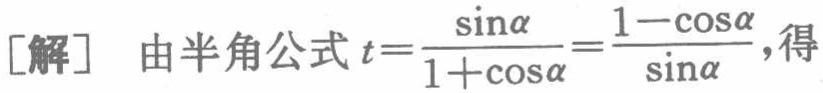
[解] 由半角公式 \(t = \frac{\sin\alpha}{1 + \cos\alpha}=\frac{1 - \cos\alpha}{\sin\alpha}\), 得